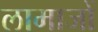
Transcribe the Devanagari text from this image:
लामाजों